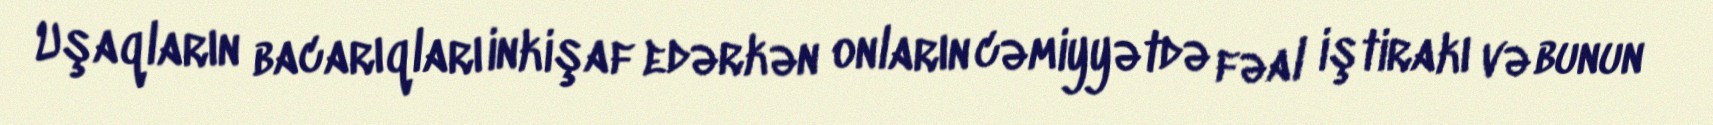
Uşaqların bacarıqları inkişaf edərkən onların cəmiyyətdə fəal iştirakı və bunun